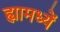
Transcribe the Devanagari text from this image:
ह्यामध्यें